Rangoon Lunatic Asylum 1898-1906 - 1898-1906
Year: 1898
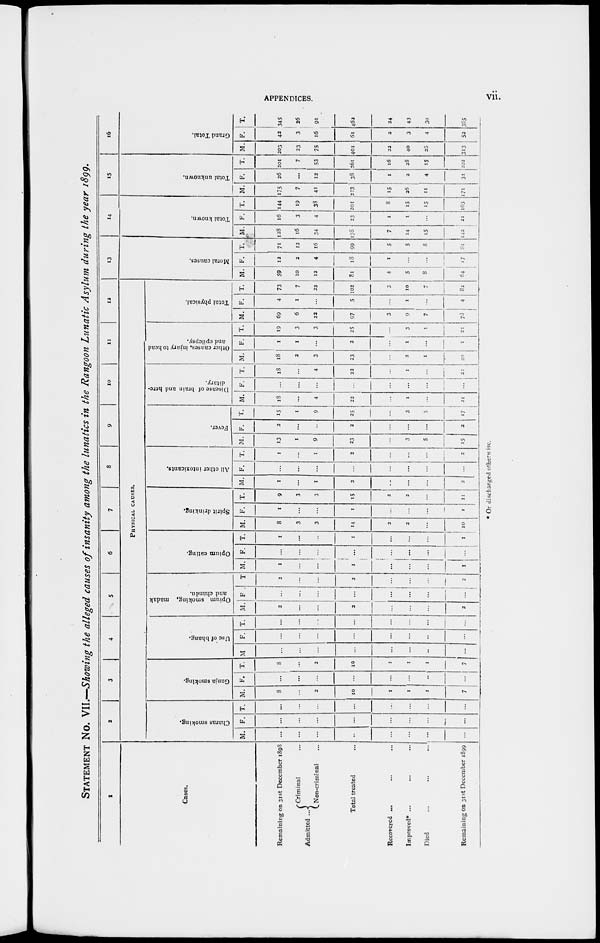
APPENDICES.
vii.
STATEMENT No. VII.—Showing the alleged causes of insanity among the lunatics in the Rangoon Lunatic Asylum during the year 1899.
1
Cases.
Remaining on 31st December 1898
Admitted ...
Criminal ...
Non-criminal ...
Total treated ...
Recovered ...
...
...
Improved* ...
... ...
Died
...
...
...
Remaining on 31st December 1899
2 3 4
5
6
7
8
9
10
11 12
PHYSICAL CAUSES.
Charas smoking.
M.
...
...
...
...
...
...
...
...
F.
...
...
...
...
...
...
...
...
T.
...
...
...
...
...
...
...
...
Ganja smoking.
M.
8
...
2
10
1
1
1
7
F.
...
...
...
...
...
...
...
...
T.
8
...
2
10
1
1
1
7
Use of bhang.
M
...
...
...
...
...
...
...
...
F.
...
...
...
...
...
...
...
...
T.
...
...
...
...
...
...
...
...
Opium smoking, madak
and chandu.
M.
2
...
...
2
...
...
...
2
F .
...
...
...
...
...
...
...
...
T
2
...
...
2
...
...
...
2
Opium eating.
M.
1
...
...
1
...
...
...
1
F.
...
...
...
...
...
...
...
...
T.
1
...
...
1
...
...
...
1
Spirit drinking.
M.
8
3
3
14
2
2
...
10
F.
1
...
...
1
...
...
...
1
T.
9
3
3
15
2
2
...
11
All other intoxicants.
M.
1
...
1
2
...
...
...
2
F.
...
...
...
...
...
...
...
...
T.
1
...
1
2
...
...
...
2
Fever.
M.
13
1
9
33
...
3
5
15
F.
2
...
...
2
...
...
1
2
T.
15
1
9
25
...
3
5
17
Disease of brain and here-
ditary.
M.
18
...
4
22
...
1
...
21
F.
..
...
...
...
...
...
...
...
T.
18
...
4
22
...
1
...
21
Other causes, injury to head
and epilepsy.
M.
18
2
3
23
...
2
1
20
F.
1
1
...
2
...
1
...
1
T.
19
3
3
25
...
3
1
21
Total physical.
M.
69
6
22
97
3
9
7
73
F.
4
1
...
5
...
1
...
4
T.
73
7
22
102
3
10
7
82
13
Moral causes.
M.
59
10
12
81
4
5
8
64
F.
12
2
4
18
1
...
...
17
T.
71
12
16
99
5
5
8
81
14
Total known.
M.
128
16
34
178
7
14
15
142
F.
16
3
4
23
1
1
...
21
T.
144
19
38
201
8
15
15
163
15
Total unknown.
M.
175
7
41
223
15
26
11
171
F.
26
...
12
38
1
2
4
31
T.
201
7
53
261
16
28
15
202
16
Grand Total.
M.
203
33
75
401
22
40
26
313
F.
43
3
16
61
2
3
4
52
T.
345
26
91
462
34
43
30
365
* Or discharged otherwise.